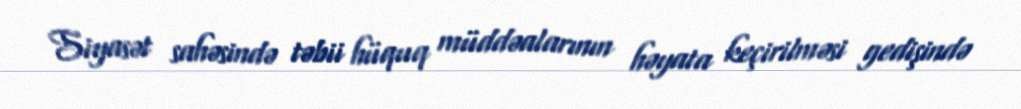
Siyasət sahəsində təbii hüquq müddəalarının həyata keçirilməsi gedişində